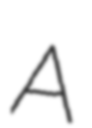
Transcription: A